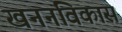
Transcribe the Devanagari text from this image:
खननविकास